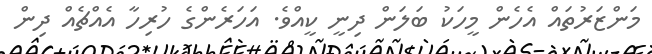
މަންޒަރުތައް އެހެން މީހަކު ބަލަން ދިނީ ކީއްވެ. އަހަރެންގެ ހުރިހާ އެއްޗެއް ދިން